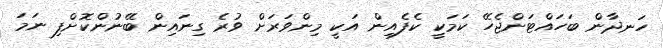
ހަނދާން ބަހައްޓަންޖެހޭ ކަމަކީ ކެފެއިން އަކީ މިންވަރަށް ވުރެ ގިނައިން ބޭނުންކޮށްފި ނަމަ